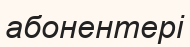
абонентері